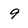
Character: 9